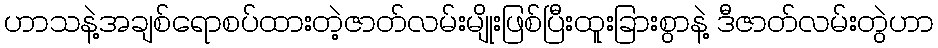
ဟာသနဲ့အချစ်ရောစပ်ထားတဲ့ဇာတ်လမ်းမျိုးဖြစ်ပြီးထူးခြားစွာနဲ့ ဒီဇာတ်လမ်းတွဲဟာ